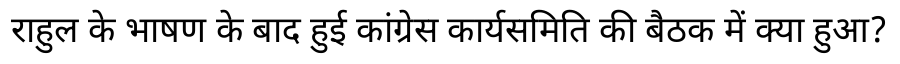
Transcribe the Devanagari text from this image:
राहुल के भाषण के बाद हुई कांग्रेस कार्यसमिति की बैठक में क्या हुआ?